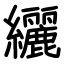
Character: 纚